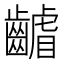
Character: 𮯑